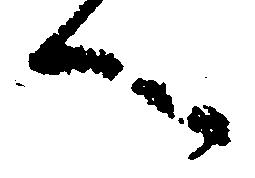
へ